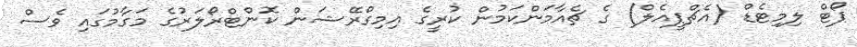
ޕޯޓް ލިމިޓެޑް (އެޗްޕީއެލް) ގެ ޗެއާމަންކަމުން ކުރީގެ އިމިގްރޭޝަން ކޮންޓްރޯލަރުގެ މަގާމުގައި ވެސް